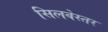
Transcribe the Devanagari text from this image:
सिलवेस्तर